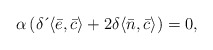
\begin{align*}\alpha \left( \delta \,\acute{}\, \langle \bar{e},\bar{c}\rangle+2\delta \langle \bar{n},\bar{c}\rangle \right)=0, \end{align*}